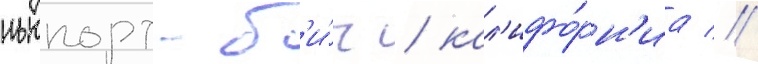
ньюпорт-б'и́ч / кал'ифо́рн'иа //